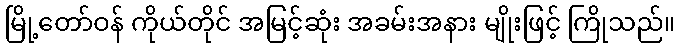
မြို့တော်ဝန် ကိုယ်တိုင် အမြင့်ဆုံး အခမ်းအနား မျိုးဖြင့် ကြိုသည်။